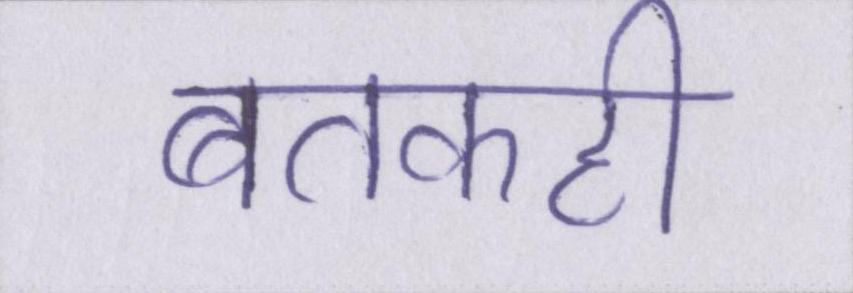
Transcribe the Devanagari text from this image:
बतकही